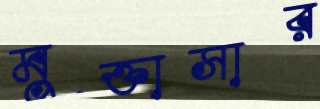
মুক্তাসার